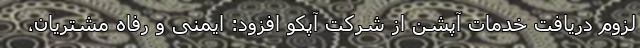
لزوم دریافت خدمات آپشن از شرکت آپکو افزود: ایمنی و رفاه مشتریان،‌